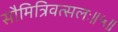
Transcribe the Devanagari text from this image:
सौमित्रिवत्सलः॥५॥